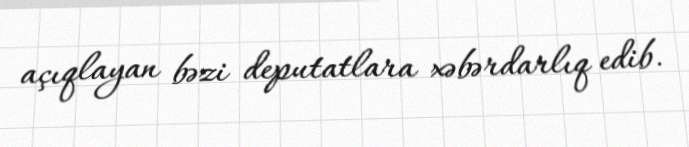
açıqlayan bəzi deputatlara xəbərdarlıq edib.